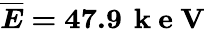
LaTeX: \boldsymbol{\overline{{E}}=47.9\, \mathrm{~k~e~V~}}